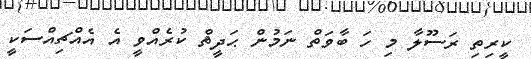
ކީރިތި ރަސޫލާ މި ހަ ބާވަތް ނަމުން ޙަދީޘް ކުރެއްވީ އެ އެއްޗިއްސަކީ